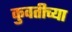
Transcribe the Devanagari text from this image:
कुवतीच्या